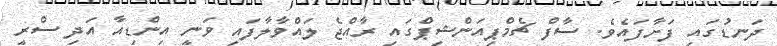
ދަނޑުގައި ފަށާފައެވެ. ސާފް ޗެމްޕިއަންޝިޕްގައި ރާއްޖެ ލައްވާލާފައި ވަނީ އިންޑިއާ އަދި ސްރީ